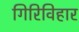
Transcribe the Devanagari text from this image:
गिरिविहार